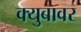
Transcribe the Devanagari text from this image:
क्युबावर